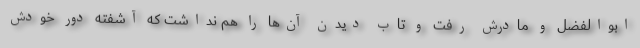
ابوالفضل و مادرش رفت و تاب دیدن آن‌ها را هم نداشت که آشفته دور خودش